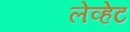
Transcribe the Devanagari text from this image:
लेव्हेट